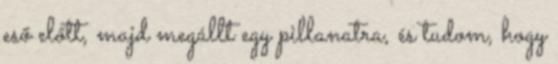
eső előtt, majd megállt egy pillanatra, és tudom, hogy